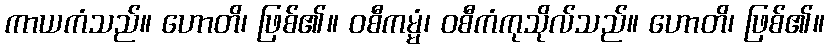
ကာယကံသည်။ ဟောတိ၊ ဖြစ်၏။ ဝစီကမ္မံ၊ ဝစီကံကုသိုလ်သည်။ ဟောတိ၊ ဖြစ်၏။